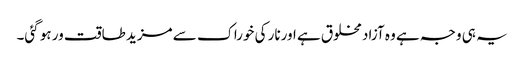
یہ ہی وجہ ہے وہ آزاد مخلوق ہے اورنار کی خوراک سے مزید طاقت ور ہو گئی۔